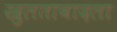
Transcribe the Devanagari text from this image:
खुलताबादला